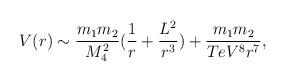
LaTeX: \begin{align*}V(r) \sim \frac{m_1 m_2}{M_{4}^2} (\frac{1}{r} + \frac{L^2}{r^3}) + \frac{m_1m_2}{TeV^8 r^7},\end{align*}